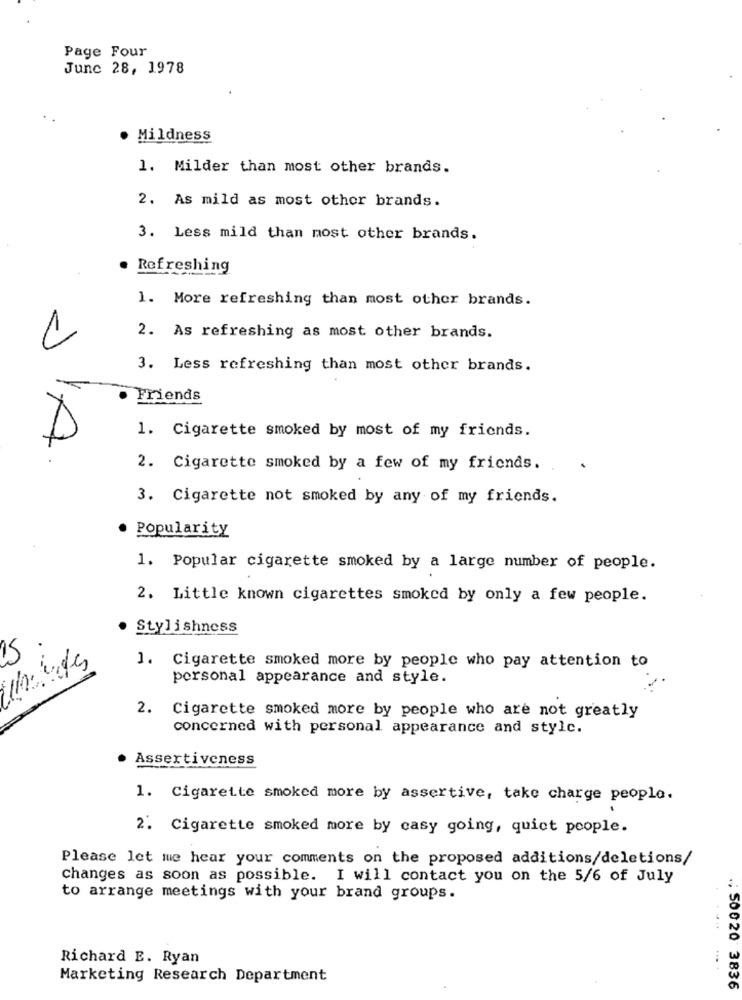
Page Four
June 28, 1978
Mildness
1. Milder than most other brands.
2. As mild as most other brands.
3. Less mild than most other brands.
. Refreshing
1. More refreshing than most other brands.
1
2. As refreshing as most other brands.
3. Less refreshing than most other brands.
Friends
1. Cigarette smoked by most of my friends.
2. Cigarette smoked by a few of my friends.
3. Cigarette not smoked by any of my friends.
Popularity
1. Popular cigarette smoked by a large number of people.
2. Little known cigarettes smoked by only a few people.
Stylishness
15
J. Cigarette smoked more by people who pay attention to
personal appearance and style.
2. Cigarette smoked more by people who are not greatly
concerned with personal appearance and style.
Assertiveness
1. Cigarette smoked more by assertive, take charge people.
2. Cigarette smoked more by casy going, quiet people.
Please let me hear your comments on the proposed additions/deletions/
changes as soon as possible. I will contact you on the 5/6 of July
to arrange meetings with your brand groups.
Richard E. Ryan
Marketing Research Department
.. 500 20 3836